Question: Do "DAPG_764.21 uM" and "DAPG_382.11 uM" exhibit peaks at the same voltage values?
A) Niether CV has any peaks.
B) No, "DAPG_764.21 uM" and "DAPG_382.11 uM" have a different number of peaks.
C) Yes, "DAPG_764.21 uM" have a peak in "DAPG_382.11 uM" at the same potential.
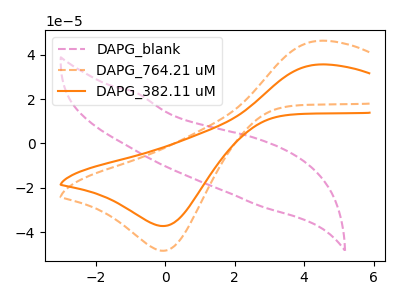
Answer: <think>The pink dashed curve "DAPG_blank" has no peaks. The orange dashed curve "DAPG_764.21 uM" has an anodic peak at (4.45V, 46.35uA) and a cathodic peak at (0.00V, -48.40uA). The orange curve "DAPG_382.11 uM" has an anodic peak at (4.45V, 35.65uA) and a cathodic peak at (0.00V, -37.25uA).</think>
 <answer>C) Yes, "DAPG_764.21 uM" have a peak in "DAPG_382.11 uM" at the same potential.</answer>
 <eval>C</eval>